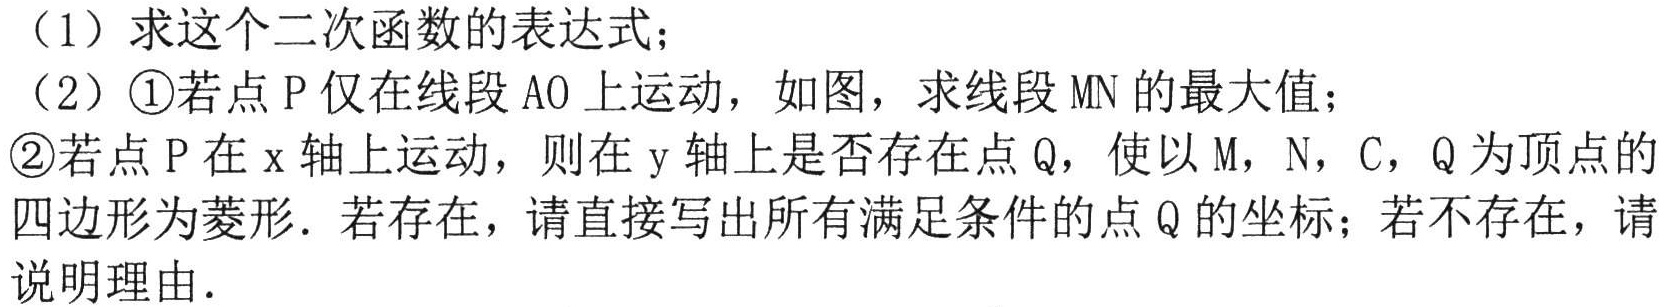
（1）求这个二次函数的表达式；
（2）\textcircled{1}若点P仅在线段AO上运动，如图，求线段MN的最大值；
\textcircled{2}若点P在x轴上运动，则在y轴上是否存在点Q，使以M，N，C，Q为顶点的四边形为菱形．若存在，请直接写出所有满足条件的点Q的坐标；若不存在，请说明理由．